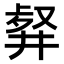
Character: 𠭮